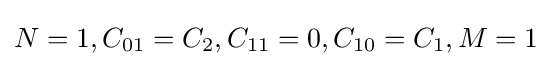
N=1,C_{01}=C_{2},C_{11}=0,C_{10}=C_{1},M=1